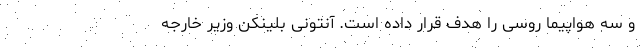
و سه هواپیما روسی را هدف قرار داده است. آنتونی بلینکن وزیر خارجه